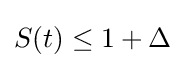
S(t)\leq 1+\Delta